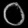
Digit: ၀